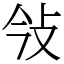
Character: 㪁